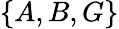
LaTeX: \{ A,B,G\}